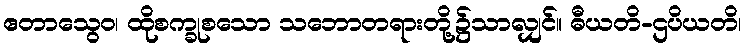
ဧတာသွေဝ၊ ထိုစက္ခုစသော သဘောတရားတို့၌သာလျှင်။ ဓီယတိ-ဌပိယတိ၊